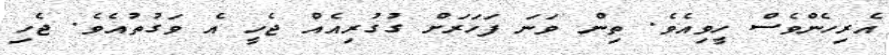
އެރިހެންވެސް ހީވިއެވެ. ތިން ވަނަ ފަހަރަށް ގުގުރިއެއް ޖެހީ އެ ވަގުތުއެވެ. ޖެހި